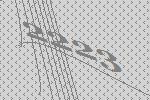
2223